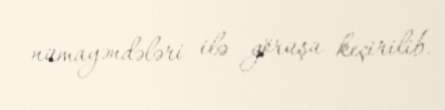
nümayəndələri ilə görüşü keçirilib.